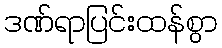
ဒဏ်ရာပြင်းထန်စွာ